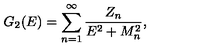
G _ { 2 } ( E ) = \sum _ { n = 1 } ^ { \infty } { \frac { Z _ { n } } { E ^ { 2 } + M _ { n } ^ { 2 } } } ,